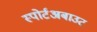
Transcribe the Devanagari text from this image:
स्पोर्टअबाउट